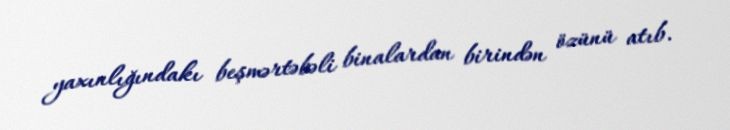
yaxınlığındakı beşmərtəbəli binalardan birindən özünü atıb.